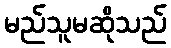
မည်သူမဆိုသည်